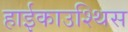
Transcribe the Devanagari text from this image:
हाईकाउश्थिस